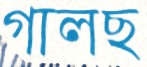
গালছ